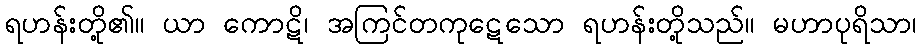
ရဟန်းတို့၏။ ယာ ကောဋိ၊ အကြင်တကုဋေသော ရဟန်းတို့သည်။ မဟာပုရိသာ၊